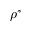
\rho ^ { * }